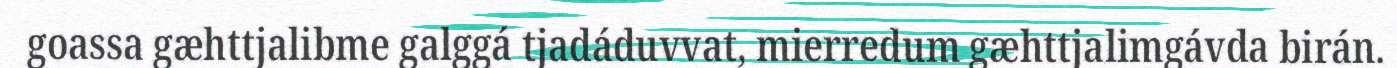
goassa gæhttjalibme galggá tjadáduvvat, mierredum gæhttjalimgávda birán.